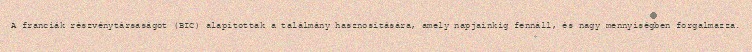
A franciák részvénytársaságot (BIC) alapítottak a találmány hasznosítására, amely napjainkig fennáll, és nagy mennyiségben forgalmazza.